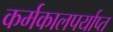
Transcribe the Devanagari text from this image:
कर्मकालपर्याप्त